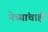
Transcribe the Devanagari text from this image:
नेच्यांचाही